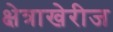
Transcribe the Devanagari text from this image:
क्षेत्राखेरीज